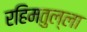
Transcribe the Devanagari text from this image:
रहिमतुल्ला